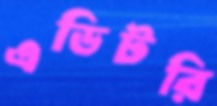
এডিটরি